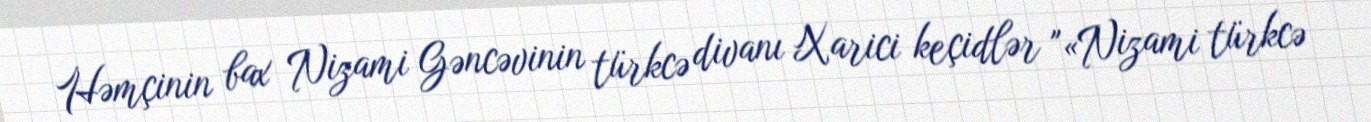
Həmçinin bax Nizami Gəncəvinin türkcə divanı Xarici keçidlər "«Nizami türkcə